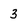
Character: 3